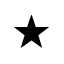
\bigstar